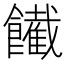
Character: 𩟙